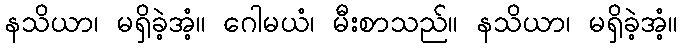
နသိယာ၊ မရှိခဲ့အံ့။ ဂေါမယံ၊ မီးစာသည်။ နသိယာ၊ မရှိခဲ့အံ့။